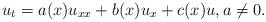
LaTeX: \begin{align*}u_t=a(x)u_{xx}+b(x)u_x+c(x)u, a\ne 0.\end{align*}